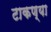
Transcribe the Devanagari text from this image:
टाकण्या